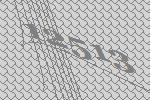
12513